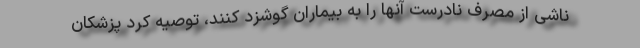
ناشی از مصرف نادرست آنها را به بیماران گوشزد کنند، توصیه کرد پزشکان